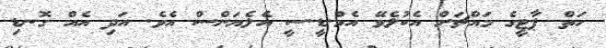
ހަތް ޕާޓީގެ މައްޗަށް އެކުލެވޭ އެމް.ޑީ.ސީ އެލެޔަންސް އެވެ. އަދި އެއް ގޮނޑި